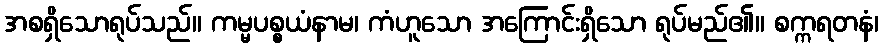
အစရှိသောရုပ်သည်။ ကမ္မပစ္စယံနာမ၊ ကံဟူသော အကြောင်းရှိသော ရုပ်မည်၏။ စက္ကရတနံ၊